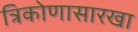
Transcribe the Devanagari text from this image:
त्रिकोणासारखा